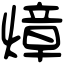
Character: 𤍤